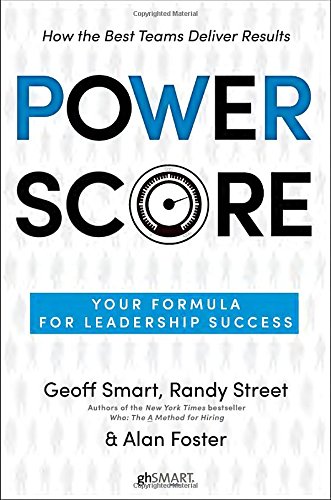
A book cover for Power Score: Your Formula for Leadership Success; Geoff Smart; Health, Fitness & Dieting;